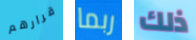
قرارهم ربما ذلك